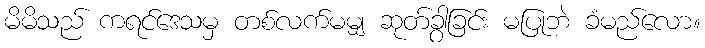
မိမိသည် ကရင်ဒေသမှ တစ်လက်မမျှ ဆုတ်ခွာခြင်း မပြုဘဲ ခံမည်လော။